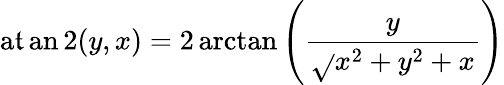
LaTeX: \operatorname{a\mathfrak{t}an2}(y,x)=2\arctan\left({\frac{{y}}{{{\sqrt{}{{x^{2}+y^{2}}}}+x}}}\right)